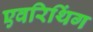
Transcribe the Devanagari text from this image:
एवरिथिंग